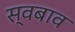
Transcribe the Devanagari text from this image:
स्वबाव